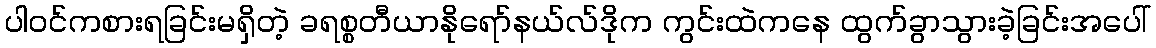
ပါဝင်ကစားရခြင်းမရှိတဲ့ ခရစ္စတီယာနိုရော်နယ်လ်ဒိုက ကွင်းထဲကနေ ထွက်ခွာသွားခဲ့ခြင်းအပေါ်